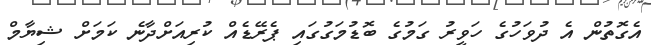
އެގޮތުން އެ ދުވަހުގެ ހަވީރު ގަމުގެ ބޮޑުމަގުގައި ޕެރޭޑެއް ކުރިއަށްދާނެ ކަމަށް ޝިޔާމް